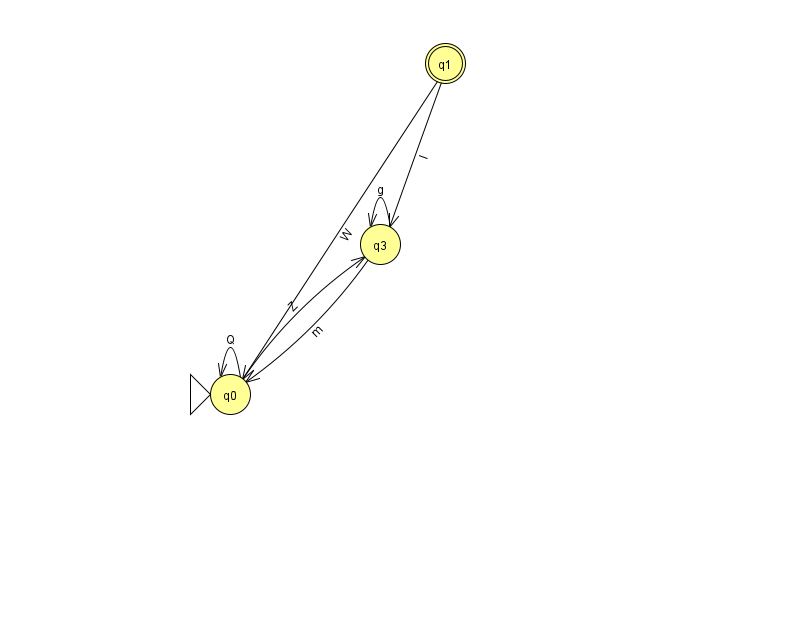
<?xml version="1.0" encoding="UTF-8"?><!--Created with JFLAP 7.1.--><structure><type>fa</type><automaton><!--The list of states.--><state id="0" name="q0"><x>230.0</x><y>381.0</y><initial/></state><state id="1" name="q1"><x>445.0</x><y>50.0</y><final/></state><state id="3" name="q3"><x>380.0</x><y>231.0</y></state><!--The list of transitions.--><transition><from>0</from><to>0</to><read>Q</read></transition><transition><from>1</from><to>3</to><read>I</read></transition><transition><from>3</from><to>3</to><read>g</read></transition><transition><from>1</from><to>0</to><read>W</read></transition><transition><from>0</from><to>3</to><read>Z</read></transition><transition><from>3</from><to>0</to><read>m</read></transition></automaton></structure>